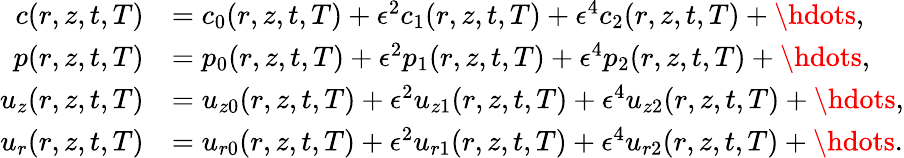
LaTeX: \begin{array}{rl}{c(r,z,t,T)}&{=c_{0}(r,z,t,T)+\epsilon^{2}c_{1}(r,z,t,T)+\epsilon^{4}c_{2}(r,z,t,T)+\hdots,}\\ {p(r,z,t,T)}&{=p_{0}(r,z,t,T)+\epsilon^{2}p_{1}(r,z,t,T)+\epsilon^{4}p_{2}(r,z,t,T)+\hdots,}\\ {u_{z}(r,z,t,T)}&{=u_{z0}(r,z,t,T)+\epsilon^{2}u_{z1}(r,z,t,T)+\epsilon^{4}u_{z2}(r,z,t,T)+\hdots,}\\ {u_{r}(r,z,t,T)}&{=u_{r0}(r,z,t,T)+\epsilon^{2}u_{r1}(r,z,t,T)+\epsilon^{4}u_{r2}(r,z,t,T)+\hdots.}\end{array}